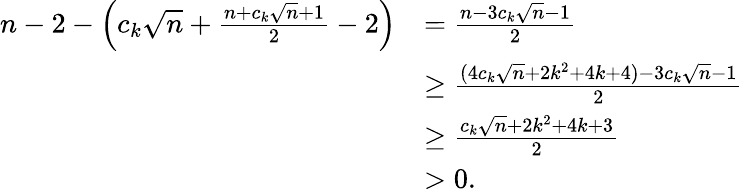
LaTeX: \begin{array}{rl}{n-2-\left(c_{k}\sqrt{n}+\frac{n+c_{k}\sqrt{n}+1}{2}-2\right)}&{=\frac{n-3c_{k}\sqrt{n}-1}{2}}\\ &{\geq\frac{(4c_{k}\sqrt{n}+2k^{2}+4k+4)-3c_{k}\sqrt{n}-1}{2}}\\ &{\geq\frac{c_{k}\sqrt{n}+2k^{2}+4k+3}{2}}\\ &{>0.}\end{array}